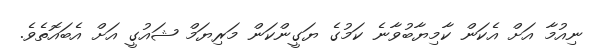
ނިއުމާ އަށް އެކަން ކާމިޔާބުވާނެ ކަމުގެ ޔަގީންކަން މަރިޔަމް ޝައުގީ އަށް އެބައޮތެވެ.